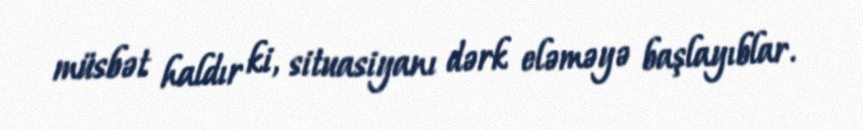
müsbət haldır ki, situasiyanı dərk eləməyə başlayıblar.